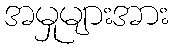
အမှုများအား